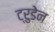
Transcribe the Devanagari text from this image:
ट्रुडेन